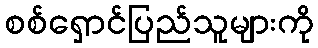
စစ်ရှောင်ပြည်သူများကို